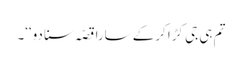
تم ہی جی کڑا کرکے سارا قصّہ سنا دو‘‘۔